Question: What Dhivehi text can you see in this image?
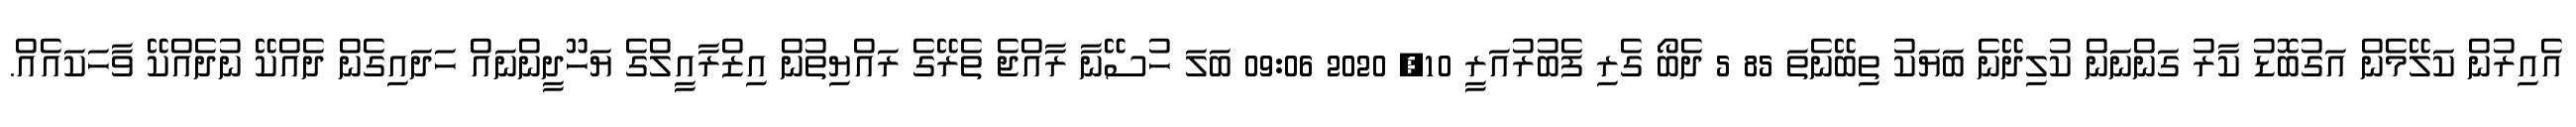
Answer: އެއިރުން ކަލޭމެން އަގުބޮޑު ކާރު ގަންނަން ކުލިދޭނެ ބަޔަކު ތިބޭނެތަ 85 5 ދެބޯ ގެރި ފެބުރުއަރީ 10, 2020 09:06 ބަލަ ހުސޭނާ ރާއްޖެ ތެރޭގެ ރައްޔިތުން އިޒްރާއީލްގެ ޔަހޫދީންނައް ހަދައިގެން ދެއްކޭ ނުދެއްކޭ ވާހަކައެއް.